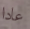
عادا